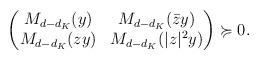
LaTeX: \begin{align*}\begin{pmatrix} M_{d-d_K}(y) & M_{d-d_K}(\bar{z} y) \\ M_{d-d_K}(z y) & M_{d-d_K}(|z|^2 y)\end{pmatrix} \succcurlyeq 0.\end{align*}